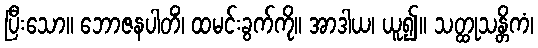
ပြီးသော။ ဘောဇနပါတိံ၊ ထမင်းခွက်ကို။ အာဒါယ၊ ယူ၍။ သတ္ထုသန္တိကံ၊